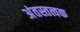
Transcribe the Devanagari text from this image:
अंतस्तत्वक